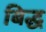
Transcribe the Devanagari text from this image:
बिद्ध